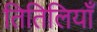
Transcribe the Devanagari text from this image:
तितिलियाँ